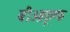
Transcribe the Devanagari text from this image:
बीओवूल्फ